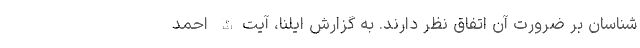
شناسان بر ضرورت آن اتفاق نظر دارند. به گزارش ایلنا، آیت‌الله احمد